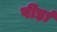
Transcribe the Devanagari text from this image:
पीड़ां